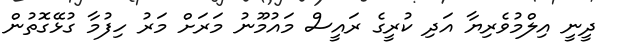
ދީނީ އިލްމުވެރިޔާ އަދި ކުރީގެ ރައީސް މައުމޫނު މަރަށް މަރު ހިފުމާ ގުޅޭގޮތުން